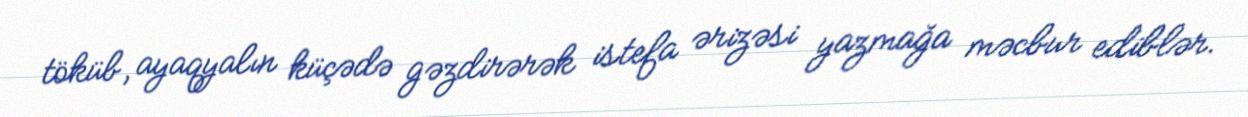
töküb, ayaqyalın küçədə gəzdirərək istefa ərizəsi yazmağa məcbur ediblər.